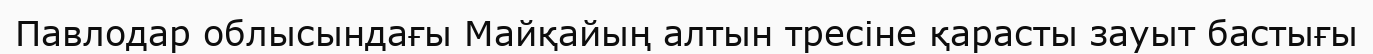
Павлодар облысындағы Майқайың алтын тресіне қарасты зауыт бастығы